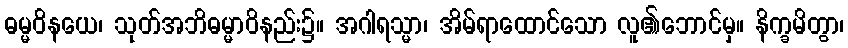
ဓမ္မဝိနယေ၊ သုတ်အဘိဓမ္မာဝိနည်း၌။ အဂါရသ္မာ၊ အိမ်ရာထောင်သော လူ၏ဘောင်မှ။ နိက္ခမိတွာ၊